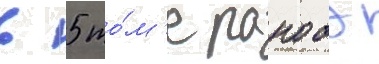
в 5 то́м'е ранобэ